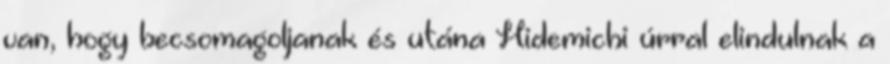
van, hogy becsomagoljanak és utána Hidemichi úrral elindulnak a